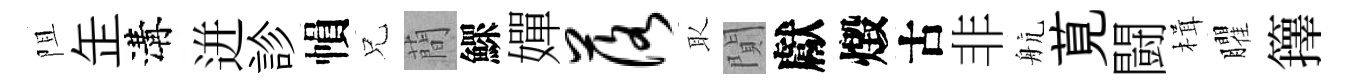
阻𦈢溝迸診𢄙兄蕳鰥嬋落取閴獻燬古非航莧闘楫臞籜